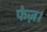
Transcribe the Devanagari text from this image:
फेज़।